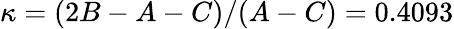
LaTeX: \kappa=(2B-A-C)/(A-C)=0.4093